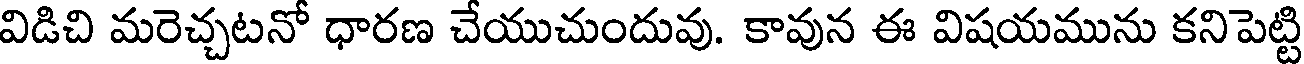
విడిచి మరెచ్చటనో ధారణ చేయుచుందువు. కావున ఈ విషయమును కనిపెట్టి